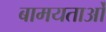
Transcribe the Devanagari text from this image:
बामयताओं